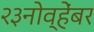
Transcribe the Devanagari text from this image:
२३नोव्हेंबर